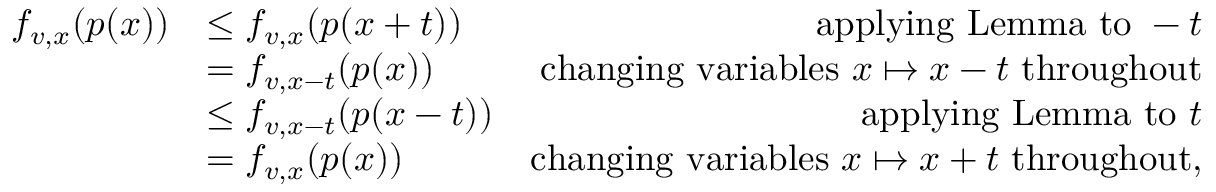
\begin{array} { r l r } { f _ { v , x } ( p ( x ) ) } & { \leq f _ { v , x } ( p ( x + t ) ) } & { \mathrm { a p p l y i n g ~ L e m m a ~ t o ~ } - t } \\ & { = f _ { v , x - t } ( p ( x ) ) } & { \mathrm { c h a n g i n g ~ v a r i a b l e s ~ } x \mapsto x - t \mathrm { ~ t h r o u g h o u t } } \\ & { \leq f _ { v , x - t } ( p ( x - t ) ) } & { \mathrm { a p p l y i n g ~ L e m m a ~ t o ~ } t } \\ & { = f _ { v , x } ( p ( x ) ) } & { \mathrm { c h a n g i n g ~ v a r i a b l e s ~ } x \mapsto x + t \mathrm { ~ t h r o u g h o u t } , } \end{array}